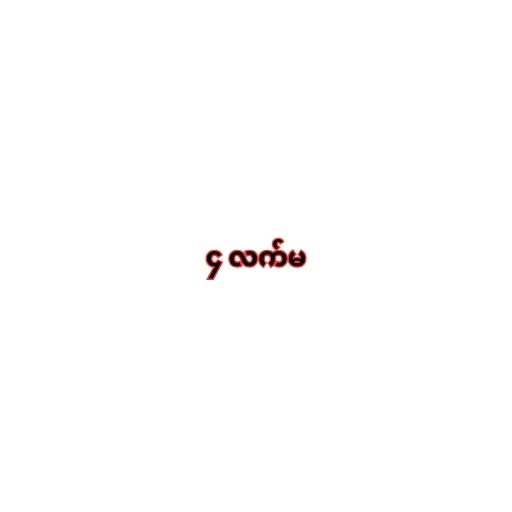
၄ လက်မ